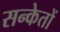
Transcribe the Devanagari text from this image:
सन्केतों